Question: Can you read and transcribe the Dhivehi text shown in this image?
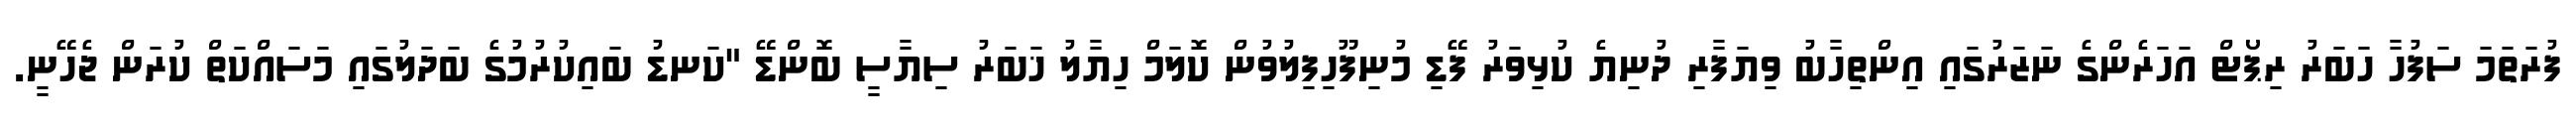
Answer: ފުރަތަމަ ސަފުހާ ހަބަރު ރިޕޯޓް އަހަރެންގެ ނަޒަރުގައި އިންތިހާބު ވިޔަފާރި ދުނިޔެ ކުޅިވަރު ފޭޑި މުނިފޫހިފިލުވުން ކޮލަމް ހިޔާލު ޚަބަރު ސިޔާސީ ބޮންޑޭ "ކަނޑު ބައިކުރުމުގެ ބަދަލުގައި މަސައްކަތް ކުރަން ޖެހޭނީ.